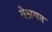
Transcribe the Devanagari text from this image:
वेसमन